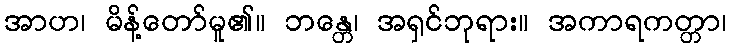
အာဟ၊ မိန့်တော်မူ၏။ ဘန္တေ၊ အရှင်ဘုရား။ အကာရကတ္တာ၊